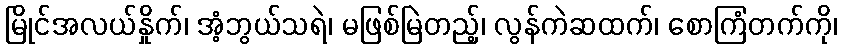
မြိုင်အလယ်နှိုက်၊ အံ့ဘွယ်သရဲ၊ မဖြစ်မြဲတည့်၊ လွန်ကဲဆထက်၊ စောကြံတက်ကို၊